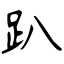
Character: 趴